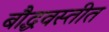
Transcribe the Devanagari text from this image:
बौद्धवस्तीत